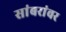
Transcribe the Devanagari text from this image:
सांबरांवर